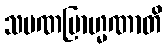
သမဏဗြာဟ္မဏာတိ